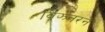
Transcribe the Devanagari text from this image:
विझ्नरने